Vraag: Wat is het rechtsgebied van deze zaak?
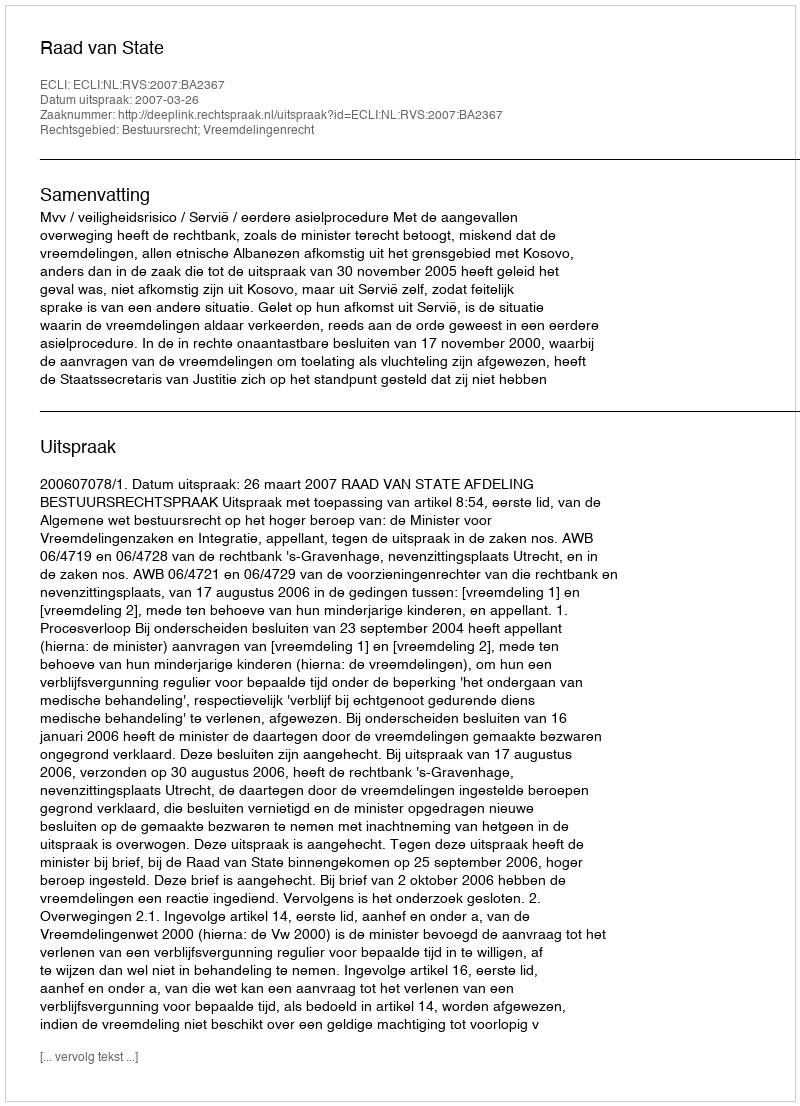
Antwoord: Bestuursrecht; Vreemdelingenrecht